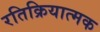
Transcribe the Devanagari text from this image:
रतिक्रियात्मक